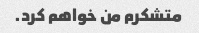
متشکرم من خواهم کرد.